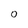
Character: O